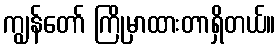
ကျွန်တော် ကြိုမှာထားတာရှိတယ်။